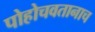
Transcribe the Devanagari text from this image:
पोहोचवतानाच